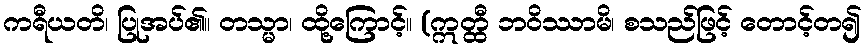
ကရီယတိ၊ ပြုအပ်၏။ တသ္မာ၊ ထို့ကြောင့်။ (ဣတ္ထီ ဘဝိဿာမိ၊ စသည်ဖြင့် တောင့်တ၍